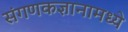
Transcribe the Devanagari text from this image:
संगणकज्ञानामध्ये